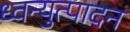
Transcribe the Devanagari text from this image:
ध्वन्युत्पादन